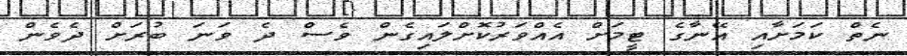
ނެތް ކަމަށާއި އޭނާގެ ޓީމަށް އެއްވަރުކޮށްލައިގެން ވެސް ދެ ވަނަ ބުރަށް ދެވެން